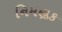
નિમણૂક